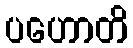
ပဟောတိ